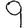
Digit: 9